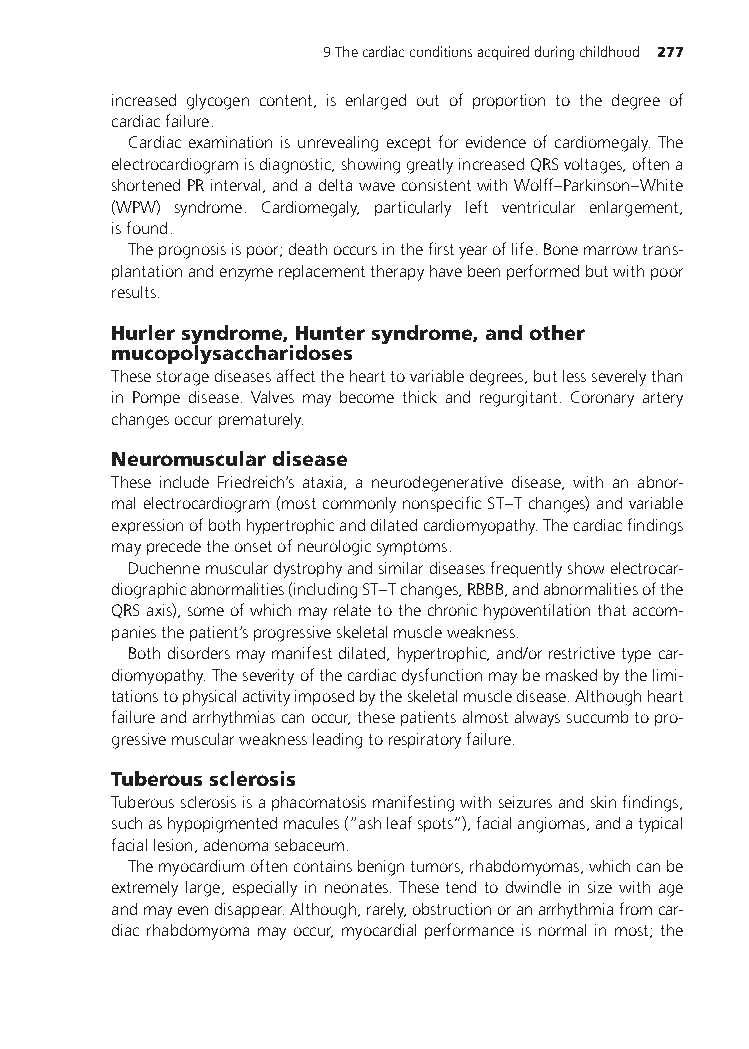
9Thecardiacconditionsacquiredduringchildhood 277
 increased glycogen content, is enlarged out of proportion to the degree of
 cardiacfailure.
 Cardiac examination is unrevealing except for evidence of cardiomegaly. The
 electrocardiogramisdiagnostic,showinggreatlyincreasedQRSvoltages,oftena
 shortenedPRinterval,andadeltawaveconsistentwithWolff–Parkinson–White
 (WPW) syndrome. Cardiomegaly, particularly left ventricular enlargement,
 isfound.
 Theprognosisispoor;deathoccursinthefirstyearoflife.Bonemarrowtrans-
 plantationandenzymereplacementtherapyhavebeenperformedbutwithpoor
 results.
 Hurlersyndrome,Huntersyndrome,andother
 mucopolysaccharidoses
 Thesestoragediseasesaffectthehearttovariabledegrees,butlessseverelythan
 in Pompe disease. Valves may become thick and regurgitant. Coronary artery
 changesoccurprematurely.
 Neuromusculardisease
 These include Friedreich’s ataxia, a neurodegenerative disease, with an abnor-
 malelectrocardiogram(mostcommonlynonspecificST–Tchanges)andvariable
 expressionofbothhypertrophicanddilatedcardiomyopathy.Thecardiacfindings
 mayprecedetheonsetofneurologicsymptoms.
 Duchennemusculardystrophyandsimilardiseasesfrequentlyshowelectrocar-
 diographicabnormalities(includingST–Tchanges,RBBB,andabnormalitiesofthe
 QRSaxis),someofwhichmayrelatetothechronichypoventilationthataccom-
 paniesthepatient’sprogressiveskeletalmuscleweakness.
 Bothdisordersmaymanifestdilated,hypertrophic,and/orrestrictivetypecar-
 diomyopathy.Theseverityofthecardiacdysfunctionmaybemaskedbythelimi-
 tationstophysicalactivityimposedbytheskeletalmuscledisease.Althoughheart
 failureandarrhythmiascanoccur,thesepatientsalmostalwayssuccumbtopro-
 gressivemuscularweaknessleadingtorespiratoryfailure.
 Tuberoussclerosis
 Tuberoussclerosisisaphacomatosismanifestingwithseizuresandskinfindings,
 suchashypopigmentedmacules(“ashleafspots”),facialangiomas,andatypical
 faciallesion,adenomasebaceum.
 Themyocardiumoftencontainsbenigntumors,rhabdomyomas,whichcanbe
 extremely large, especially in neonates. These tend to dwindle in size with age
 andmayevendisappear.Although,rarely,obstructionoranarrhythmiafromcar-
 diac rhabdomyoma may occur, myocardial performance is normal in most; the